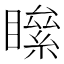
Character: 𥊻